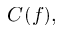
C ( f ) ,